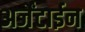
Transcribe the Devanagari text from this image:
अर्जेंटाईन